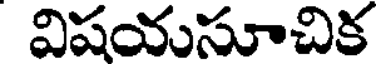
విషయసూచిక